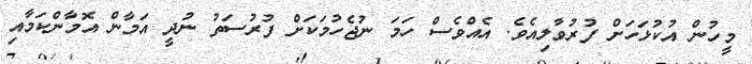
މީހުން އުކުޅަހަށް ފުރުވާލިއެވެ. އެއްވެސް ހަމަ ނުޖެހުމަކަށް ފުރުސަތު ނުދީ އަމާން އޮމާންކަމާއި